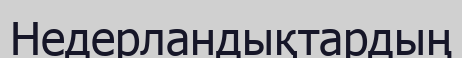
Недерландықтардың